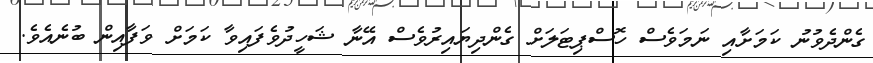
ގެންދެވުނު ކަމަށާއި ނަމަވެސް ހޮސްޕިޓަލަށް ގެންދިޔައިރުވެސް އޭނާ ޝަހީދުވެފައިވާ ކަމަށް ވަފާއިން ބުނެއެވެ.